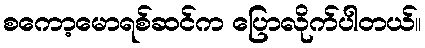
စကော့မောရစ်ဆင်က ပြောလိုက်ပါတယ်။